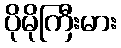
ပိုမိုကြီးမား